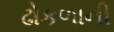
ઢોકળાની